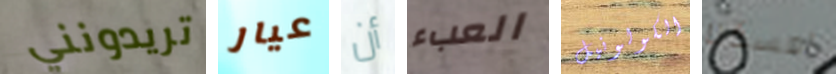
تريدونني عيار أن العبء الكولونيل امسكنا